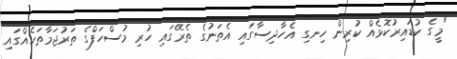
"މީގެ ކުޑައިރުކޮޅެއް ކުރިން ހިނގި އެހާދިސާގައި އެތަނުގެ ތެރޭގައި ހުރި މުސްހަފްގެ ތަރުޖަމާތަކެއްގައި